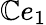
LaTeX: \mathbb{C}e_{1}